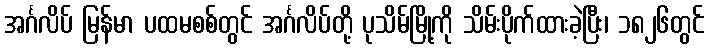
အင်္ဂလိပ် မြန်မာ ပထမစစ်တွင် အင်္ဂလိပ်တို့ ပုသိမ်မြို့ကို သိမ်းပိုက်ထားခဲ့ပြီး၊ ၁၈၂၆တွင်